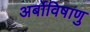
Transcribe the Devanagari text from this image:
अर्बोविषाणु